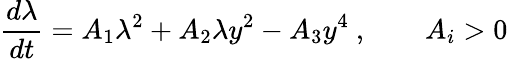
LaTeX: {\frac{d\lambda}{dt}}=A_{1}\lambda^{2}+A_{2}\lambda y^{2}-A_{3}y^{4}\ ,\qquad A_{i}>0